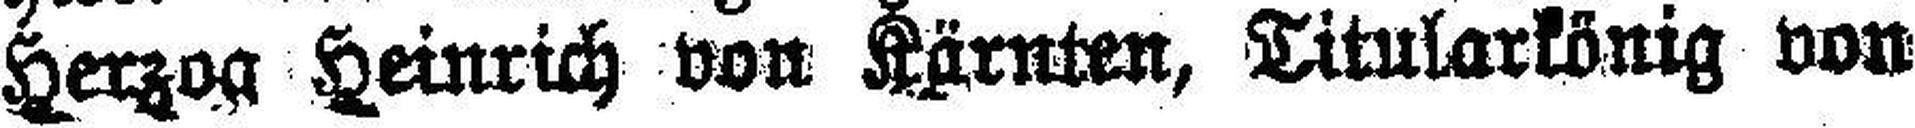
Herzog Heinrich von Kärnten, Titularkönig von